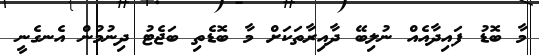
މާ ބޮޑު ފައިދާއެއް ނުލިބޭ ދާއިރާތަކަށް މާ ބޮޑެތި ބަޖެޓު ދިނުމުން އެނގެނީ